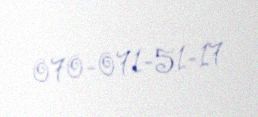
070-071-51-17